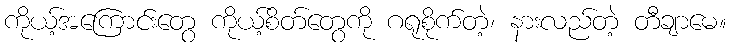
ကိုယ့်အကြောင်းတွေ ကိုယ့်စိတ်တွေကို ဂရုစိုက်တဲ့၊ နားလည်တဲ့ တီချာမေ။